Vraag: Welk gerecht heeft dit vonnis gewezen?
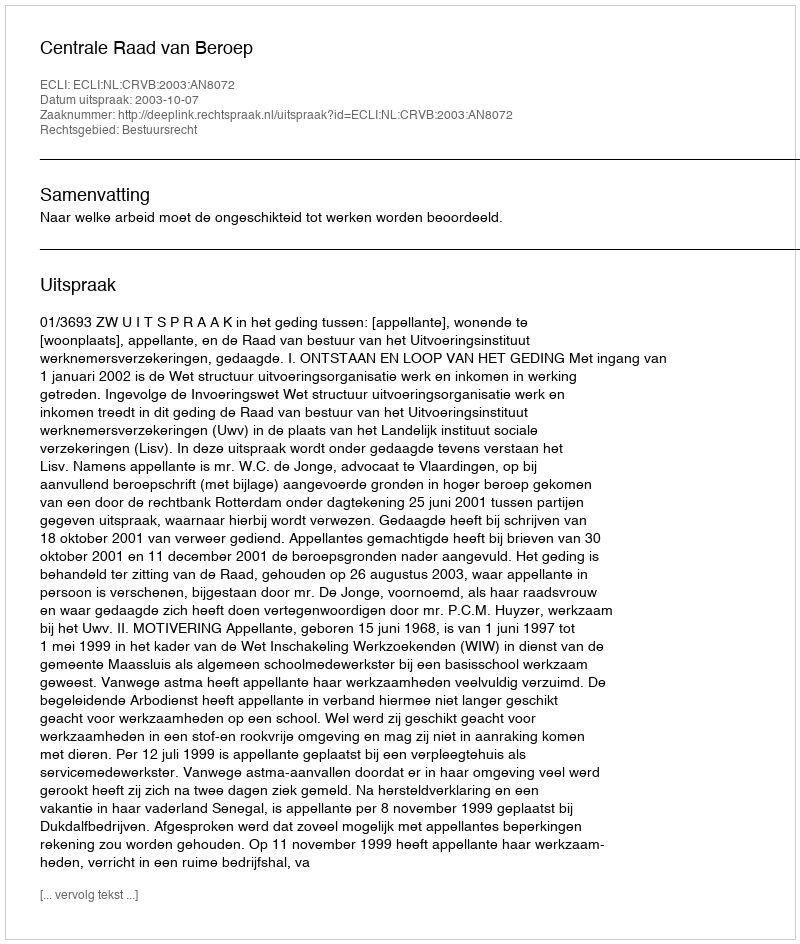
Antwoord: Centrale Raad van Beroep